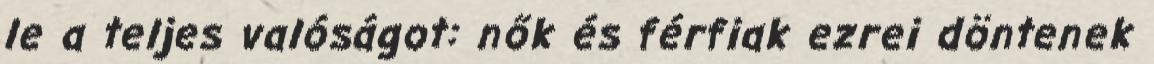
le a teljes valóságot: nők és férfiak ezrei döntenek